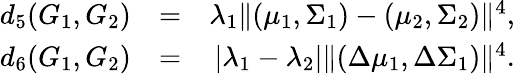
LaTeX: \begin{array}{rlr}{d_{5}(G_{1},G_{2})}&{=}&{\lambda_{1}\| (\mu_{1},\Sigma_{1})-(\mu_{2},\Sigma_{2})\| ^{4},}\\ {d_{6}(G_{1},G_{2})}&{=}&{|\lambda_{1}-\lambda_{2}|\| (\Delta\mu_{1},\Delta\Sigma_{1})\| ^{4}.}\end{array}